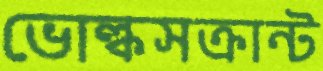
ভোল্কসক্রান্ট